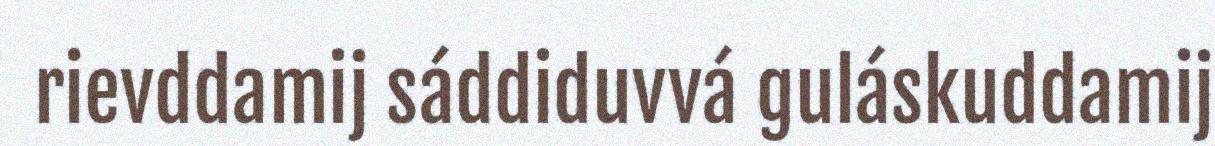
rievddamij sáddiduvvá guláskuddamij